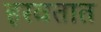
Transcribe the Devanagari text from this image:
हरवतात